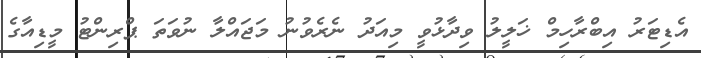
އެޑިޓަރު އިބްރާހިމް ޚަލީލު ވިދާޅުވީ މިއަދު ނެރެވުނު މަޖައްލާ ނުވަތަ ޕްރިންޓު މީޑިއާގެ